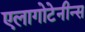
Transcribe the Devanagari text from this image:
एलागोटेनीन्स